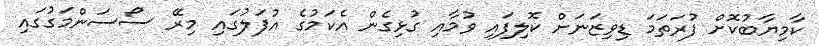
ކާމިޔާބުކޮށް ފުރަތަމަ ޑިވިޒަނަށް ކޮލިފައި ވުމާއި ގުޅިގެން އެކަމުގެ އުފަލުގައި މިރޭ ސޯސަންމަގުގައި